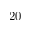
2 0